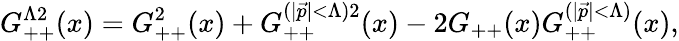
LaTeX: G_{++}^{\Lambda 2}(x)=G_{++}^{2}(x)+G_{++}^{(\vert\vec{p}\vert<\Lambda)2}(x)-2G_{++}(x)G_{++}^{(\vert\vec{p}\vert<\Lambda)}(x),